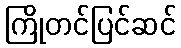
ကြိုတင်ပြင်ဆင်